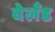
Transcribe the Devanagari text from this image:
वेलँड